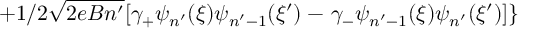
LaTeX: + 1 / 2 \sqrt { 2 e B n ^ { \prime } } [ \gamma _ { + } \psi _ { n ^ { \prime } } ( \xi ) \psi _ { n ^ { \prime } - 1 } ( \xi ^ { \prime } ) - \left. \gamma _ { - } \psi _ { n ^ { \prime } - 1 } ( \xi ) \psi _ { n ^ { \prime } } ( \xi ^ { \prime } ) ] \right\}